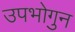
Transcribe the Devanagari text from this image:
उपभोगुन